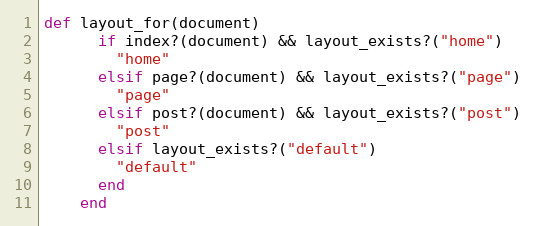
Language: Ruby
def layout_for(document)
      if index?(document) && layout_exists?("home")
        "home"
      elsif page?(document) && layout_exists?("page")
        "page"
      elsif post?(document) && layout_exists?("post")
        "post"
      elsif layout_exists?("default")
        "default"
      end
    end